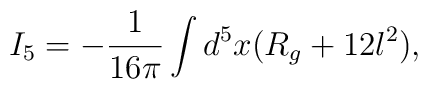
I_{5} = - \frac{1}{16 \pi} \int d^5x (R_g + 12 l^2),